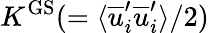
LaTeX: K^{\mathrm{GS}}(=\langle\overline{{u}}_{i}^{\prime}\overline{{u}}_{i}^{\prime}\rangle/2)